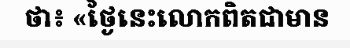
ថា៖ «ថ្ងៃនេះលោកពិតជាមាន